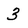
Character: 3